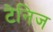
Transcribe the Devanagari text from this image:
टेनिज